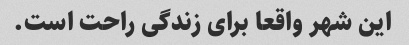
این شهر واقعا برای زندگی راحت است.